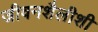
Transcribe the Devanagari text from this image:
जीवनशैलीशी